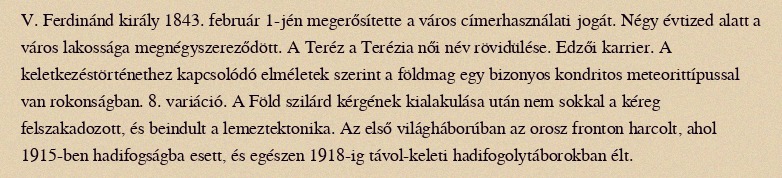
V. Ferdinánd király 1843. február 1-jén megerősítette a város címerhasználati jogát. Négy évtized alatt a város lakossága megnégyszereződött. A Teréz a Terézia női név rövidülése. Edzői karrier. A keletkezéstörténethez kapcsolódó elméletek szerint a földmag egy bizonyos kondritos meteorittípussal van rokonságban. 8. variáció. A Föld szilárd kérgének kialakulása után nem sokkal a kéreg felszakadozott, és beindult a lemeztektonika. Az első világháborúban az orosz fronton harcolt, ahol 1915-ben hadifogságba esett, és egészen 1918-ig távol-keleti hadifogolytáborokban élt.